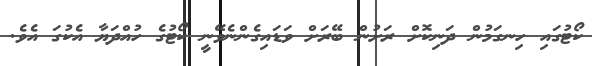
ކޯޓުގައި ހިނގަމުން ދަނިކޮށް ރަށުން ބޭރަށް ވަޑައިގެންނެވޭނީ ކޯޓުގެ ހުއްދަޔާ އެކުގަ އެވެ.